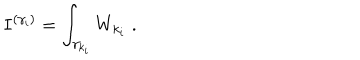
LaTeX: I ^ { ( \gamma _ { i } ) } = \int _ { { \gamma } _ { k _ { i } } } W _ { k _ { i } } \; .